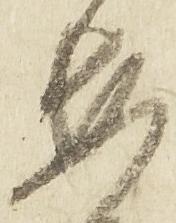
安